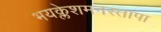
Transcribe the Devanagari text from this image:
भयक्लेशमनस्तापा